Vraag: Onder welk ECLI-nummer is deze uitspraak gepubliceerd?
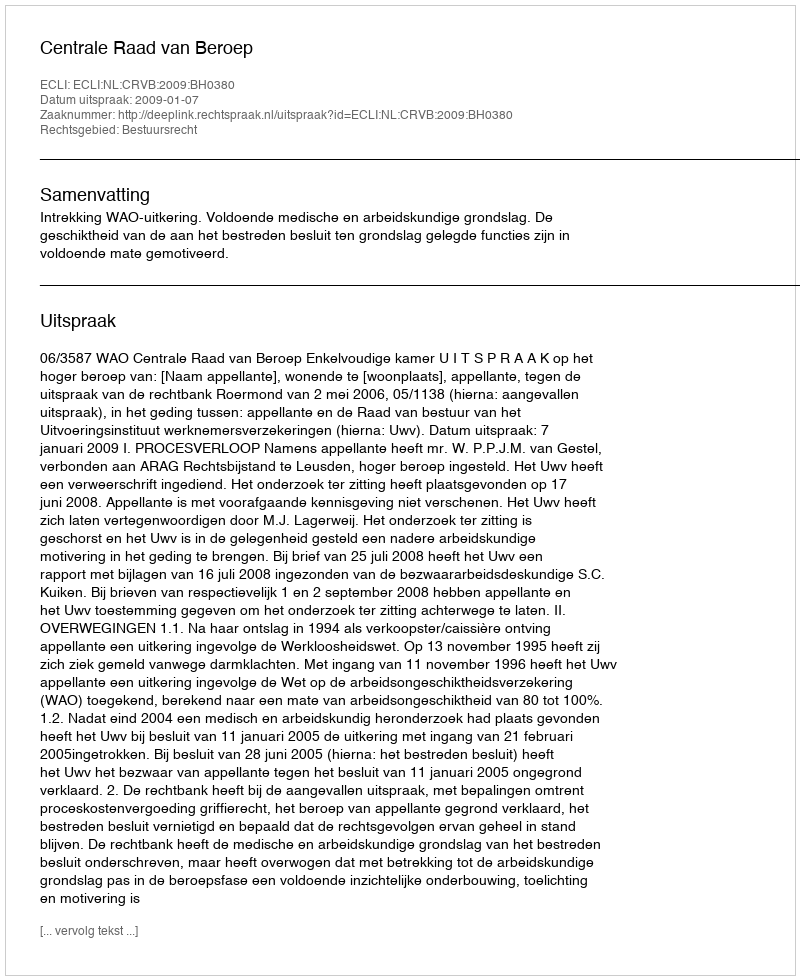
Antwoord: ECLI:NL:CRVB:2009:BH0380